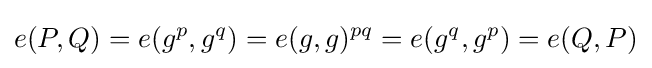
e(P,Q)=e(g^{p},g^{q})=e(g,g)^{pq}=e(g^{q},g^{p})=e(Q,P)